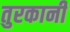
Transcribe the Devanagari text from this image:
तुरकानी